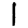
Digit: 1